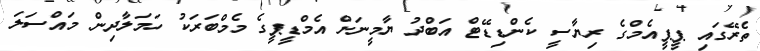
ތެރޭގައި ޕީޕީއެމްގެ ރިޔާސީ ކެންޑިޑޭޓް އަބްދު ޔާމީނަށް އެމްޑީޕީގެ މެމްބަރަކު ހަމަލާދިން މައްސަލަ